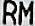
RM